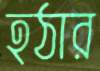
হঠার